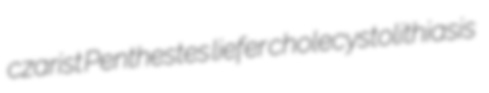
czarist Penthestes liefer cholecystolithiasis